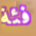
فئة